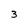
Character: 3